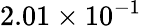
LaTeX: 2.01\times 10^{-1}